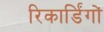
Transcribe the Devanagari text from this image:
रिकार्डिंगों